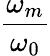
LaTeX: \frac{\omega_{m}}{\omega_{0}}